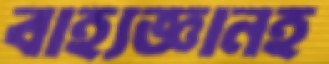
বাহ্যজ্ঞানহ